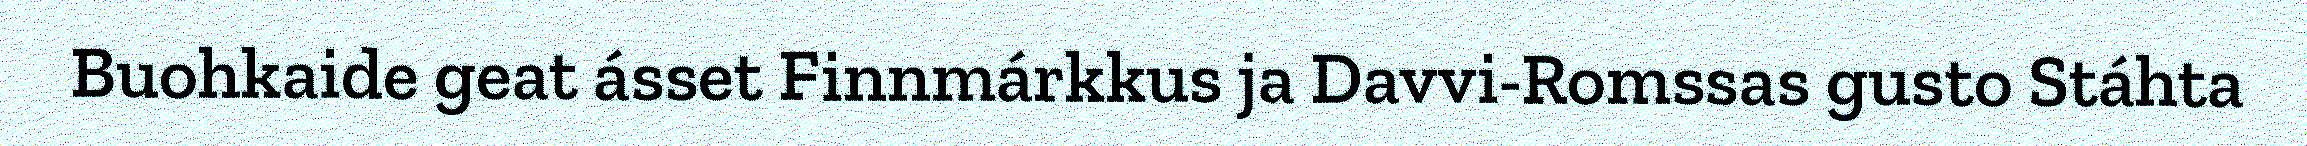
Buohkaide geat ásset Finnmárkkus ja Davvi-Romssas gusto Stáhta